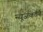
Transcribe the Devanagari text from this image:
न्यूजकॉर्प